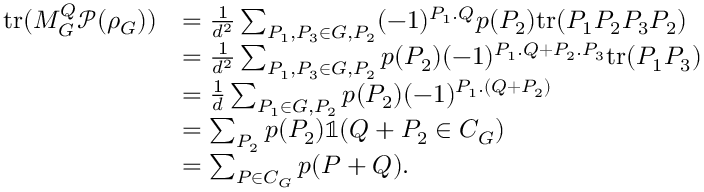
\begin{array} { r l } { \mathrm { t r } ( M _ { G } ^ { Q } \mathcal { P } ( \rho _ { G } ) ) } & { = \frac { 1 } { d ^ { 2 } } \sum _ { P _ { 1 } , P _ { 3 } \in G , P _ { 2 } } ( - 1 ) ^ { P _ { 1 } . Q } p ( P _ { 2 } ) \mathrm { t r } ( P _ { 1 } P _ { 2 } P _ { 3 } P _ { 2 } ) } \\ & { = \frac { 1 } { d ^ { 2 } } \sum _ { P _ { 1 } , P _ { 3 } \in G , P _ { 2 } } p ( P _ { 2 } ) ( - 1 ) ^ { P _ { 1 } . Q + P _ { 2 } . P _ { 3 } } \mathrm { t r } ( P _ { 1 } P _ { 3 } ) } \\ & { = \frac { 1 } { d } \sum _ { P _ { 1 } \in G , P _ { 2 } } p ( P _ { 2 } ) ( - 1 ) ^ { P _ { 1 } . ( Q + P _ { 2 } ) } } \\ & { = \sum _ { P _ { 2 } } p ( P _ { 2 } ) \mathbb { 1 } ( Q + P _ { 2 } \in C _ { G } ) } \\ & { = \sum _ { P \in C _ { G } } p ( P + Q ) . } \end{array}